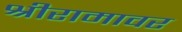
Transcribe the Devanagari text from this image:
श्रीरामावर